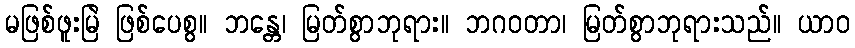
မဖြစ်ဖူးမြဲ ဖြစ်ပေစွ။ ဘန္တေ၊ မြတ်စွာဘုရား။ ဘဂဝတာ၊ မြတ်စွာဘုရားသည်။ ယာဝ